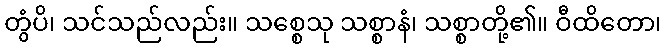
တွံပိ၊ သင်သည်လည်း။ သစ္စေသု သစ္စာနံ၊ သစ္စာတို့၏။ ဝီထိတော၊